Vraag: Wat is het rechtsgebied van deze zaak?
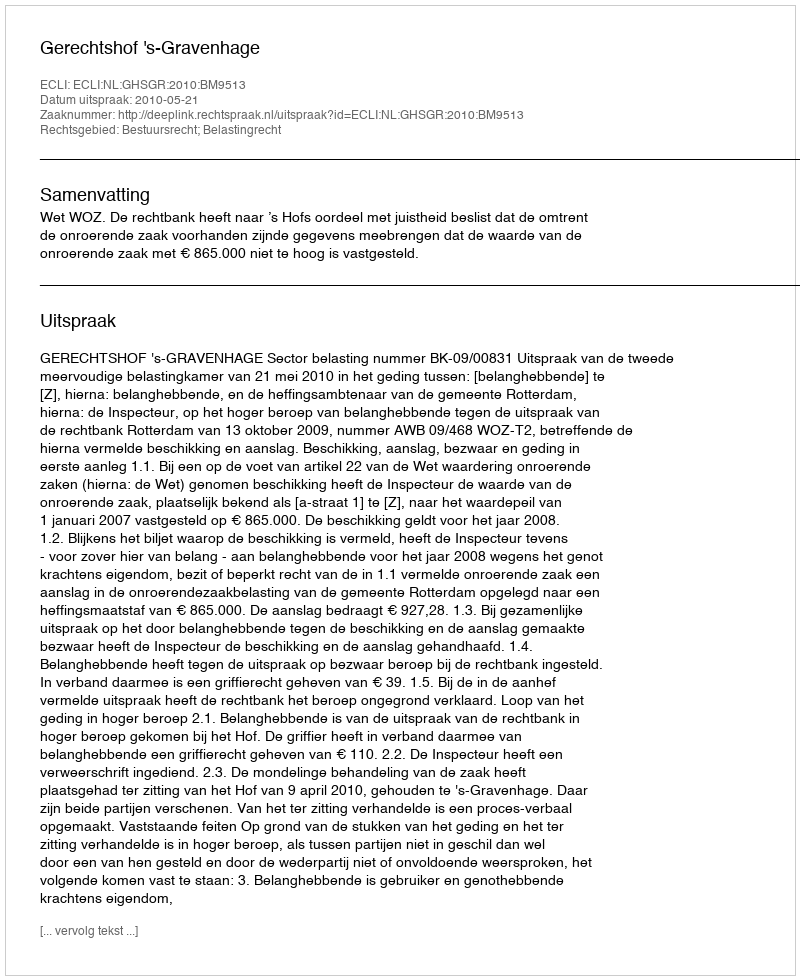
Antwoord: Bestuursrecht; Belastingrecht